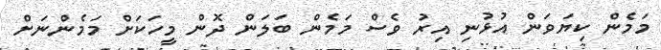
މަމެން ކިޔަވަން އުޅުނި އިރު ވެސް މަމެން ބަލަން ދޮން މީހަކަށް މަމެންނަށް